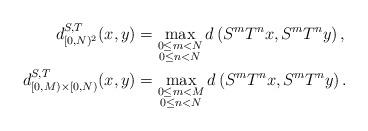
LaTeX: \begin{align*} d^{S,T}_{[0,N)^2}(x, y) &= \max_{\substack{0\leq m <N \\ 0\leq n< N}} d\left(S^m T^n x, S^m T^n y\right), \\ d^{S,T}_{[0,M)\times [0,N)}(x,y) &= \max_{\substack{0\leq m <M \\ 0\leq n <N}} d\left(S^m T^n x, S^m T^n y\right). \end{align*}